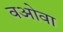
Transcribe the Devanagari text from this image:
वओवा